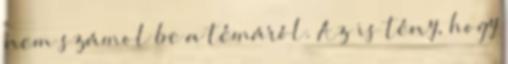
nem számol be a témáról. Az is tény, hogy